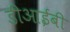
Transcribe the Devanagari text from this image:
डीआईबी